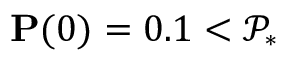
\mathbf { P } ( 0 ) = 0 . 1 < \mathcal { P } _ { * }